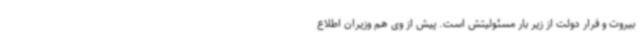
بیروت و فرار دولت از زیر بار مسئولیتش است. پیش از وی هم وزیران اطلاع